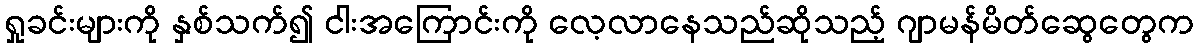
ရှုခင်းများကို နှစ်သက်၍ ငါးအကြောင်းကို လေ့လာနေသည်ဆိုသည့် ဂျာမန်မိတ်ဆွေတွေက